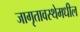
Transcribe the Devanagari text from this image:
जागृतावस्थेमधील